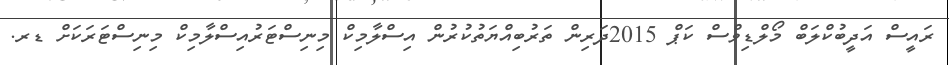
ރައީސް އަދީބުކްލަބް މޯލްޑިވްސް ކަޕް 2015ދަރިން ތަރުބިއްޔަތުކުރުން އިސްލާމިކް މިނިސްޓަރުއިސްލާމިކް މިނިސްޓަރަކަށް ޑރ.